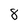
Character: 8